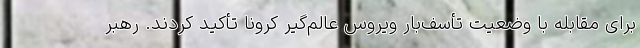
برای مقابله با وضعیت تأسف‌بار ویروس عالم‌گیر کرونا تأکید کردند. رهبر